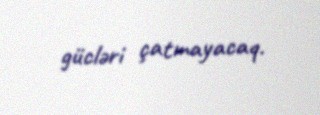
gücləri çatmayacaq.